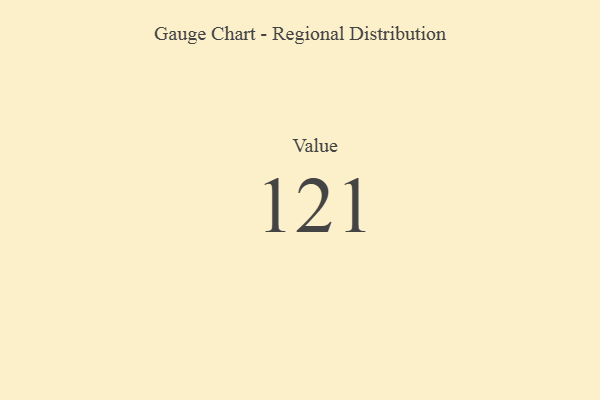
{"axis": {"x": "Metric", "y": "Value"}, "legend": [""], "data": [{"x": "Value", "y": 121, "type": ""}]}